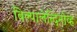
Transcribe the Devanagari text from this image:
बिल्यालेत्दिनोव्ह